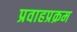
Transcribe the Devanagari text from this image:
प्रवाहप्रक्रम